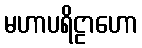
မဟာပရိဠာဟော